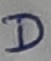
Text: D